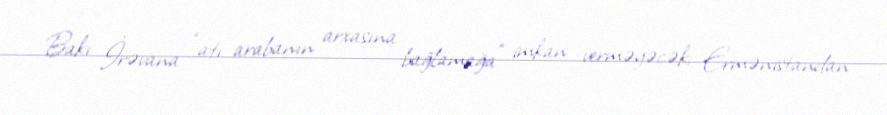
Bakı İrəvana “atı arabanın arxasına bağlamağa” imkan verməyəcək; Ermənistandan